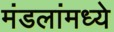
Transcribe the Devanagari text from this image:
मंडलांमध्ये